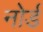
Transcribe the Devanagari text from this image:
नोर्ड